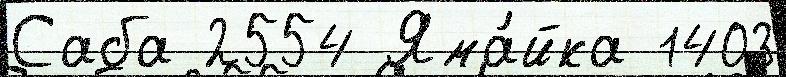
Саба 2554 Яма́йка 1403